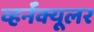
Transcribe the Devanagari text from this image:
व्हर्नॅक्यूलर